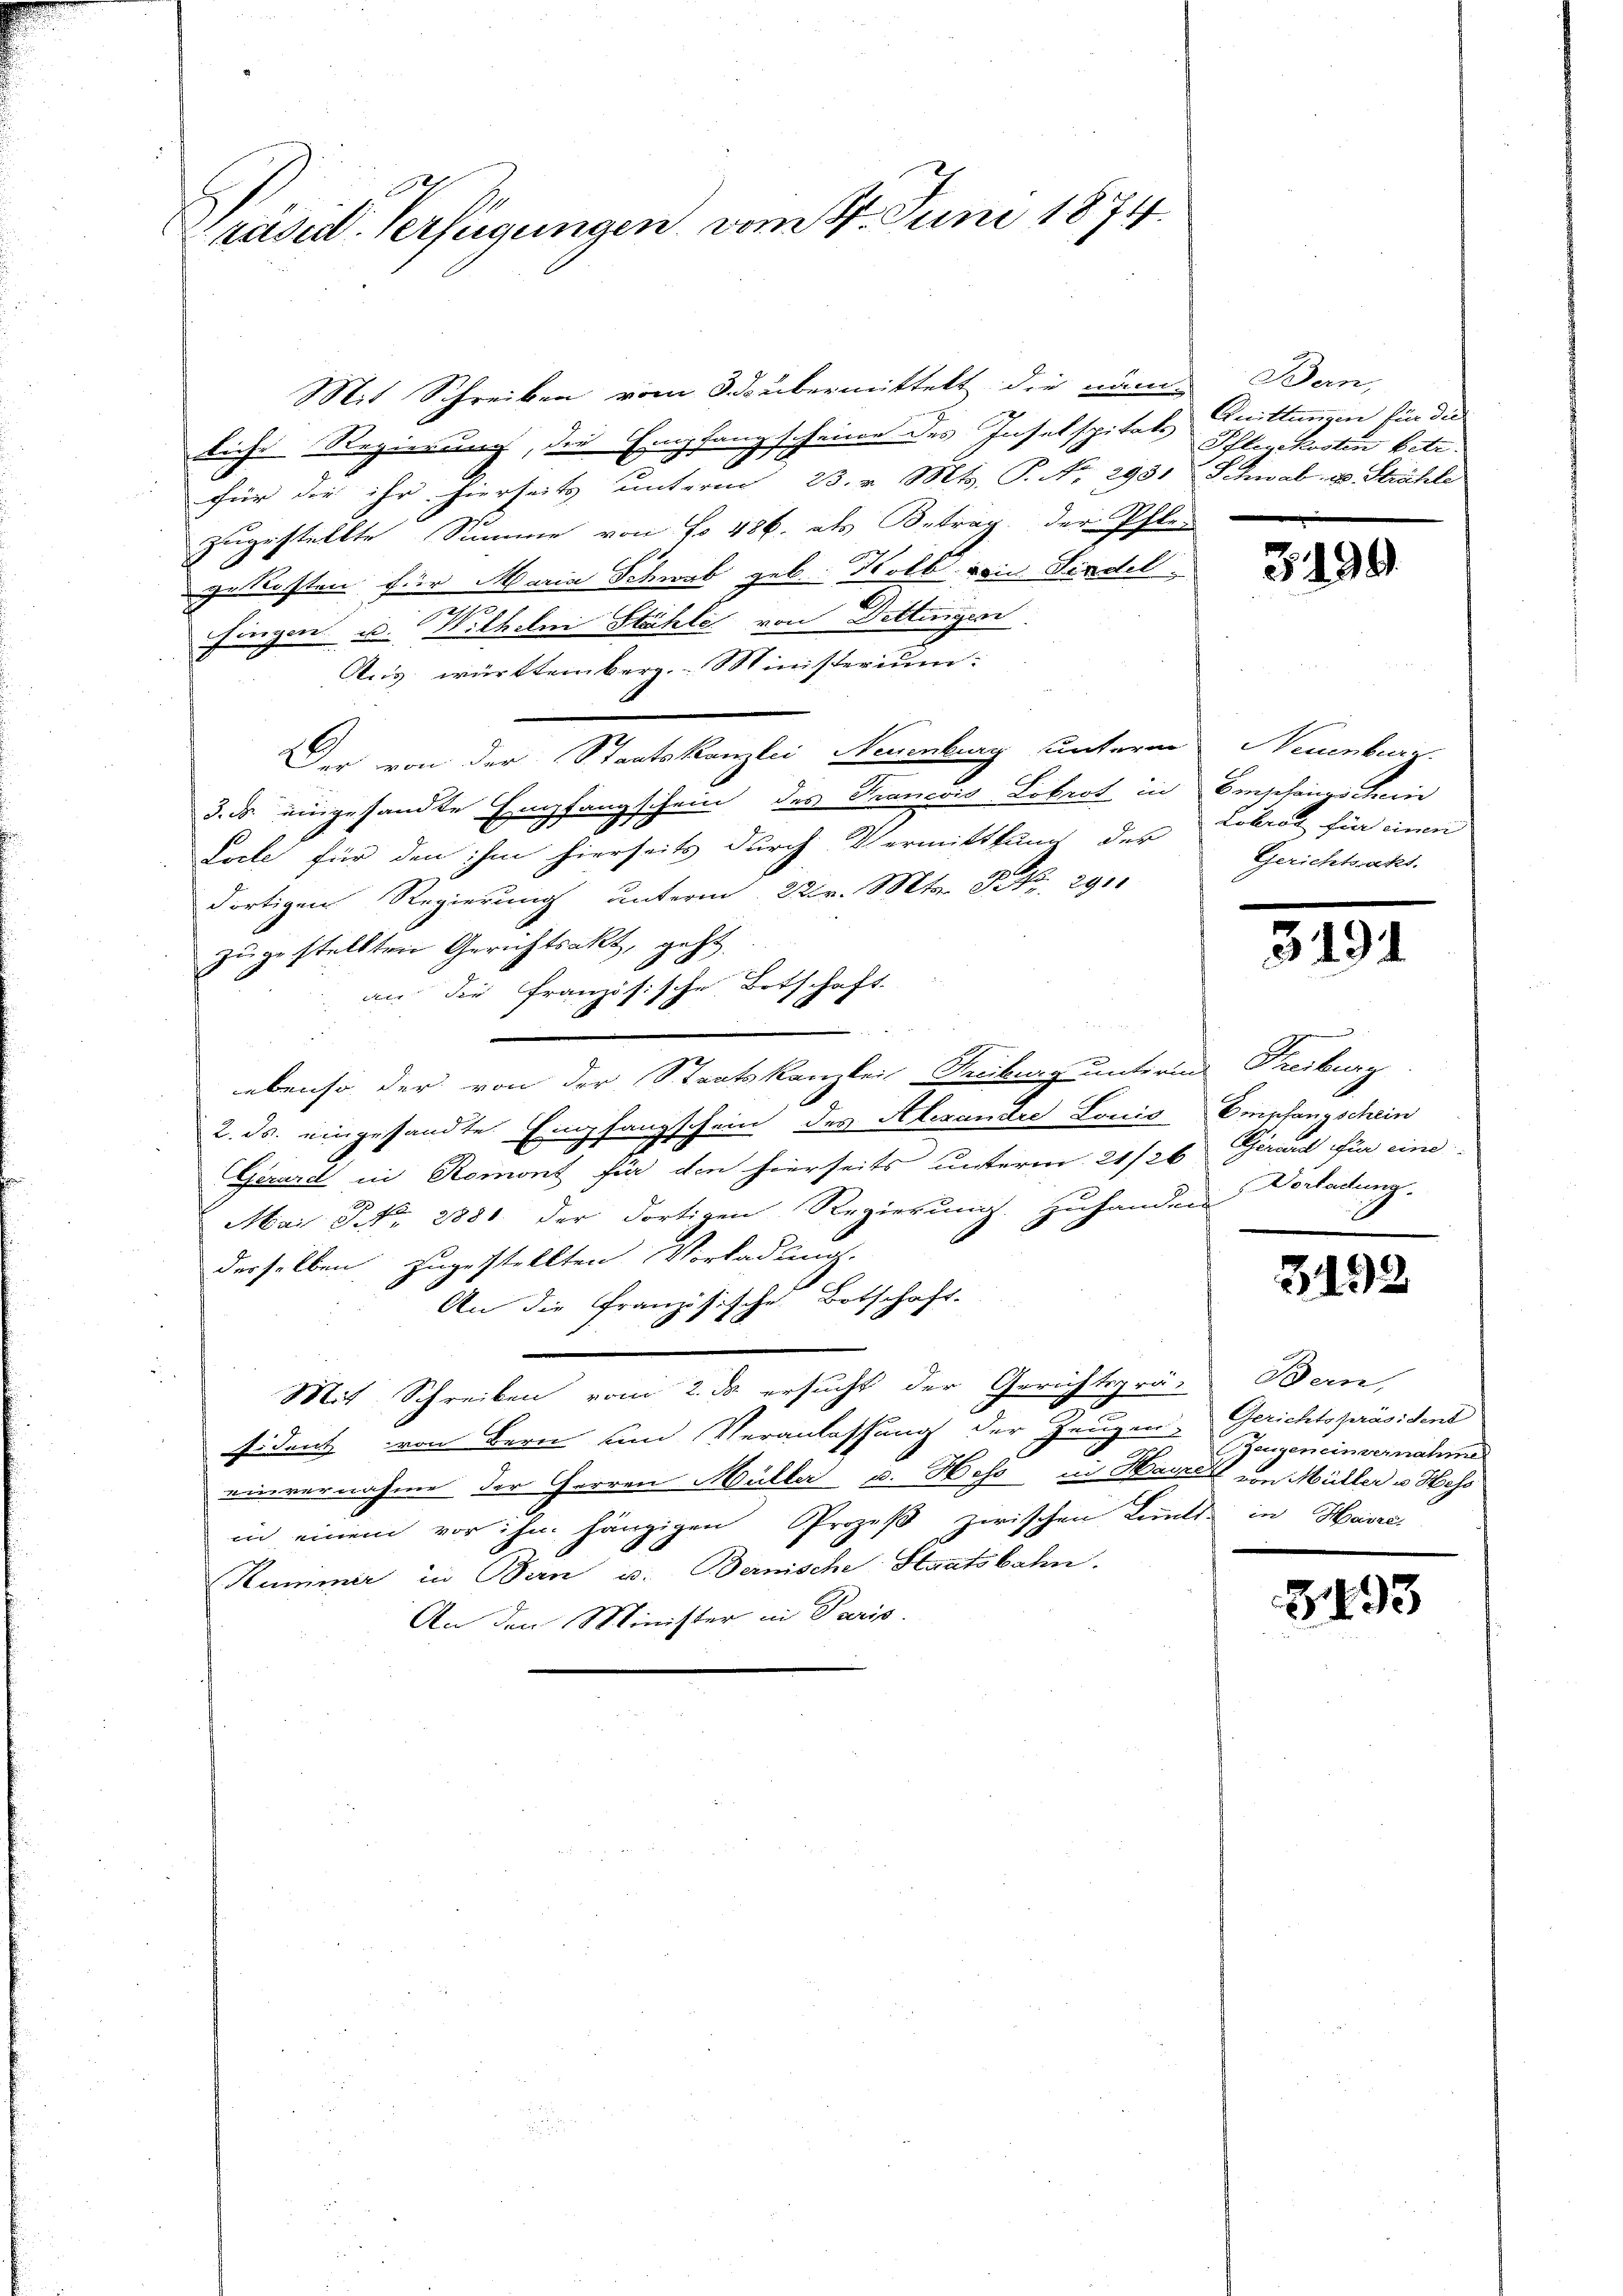
räsid. Verfügungen, vom 4. Juni 1874.

Mit Schreiben vom 3 übermittelt die näme Bern,
liche Regierung, die Empfangscheine des Insetspitals Quittungen für die
für die ihr hierseits unterm 23. v. Mts. P. Nr. 2931 Schwab, u. Strähle
zugestellte Summe von No 486. als Betrag der Pfler
getrosten der Maria Schwab geb. Holb von Findel
1
Fingen u. Wilhelm Stähle von Dettingen.
Aus württemberg. Ministerium:
Der von der Staatskanzlei Neuenburg unterm Neuenburg,
3. ds. eingesandte Empfangschein des Francois Dobrot in Einschangschein
Lacte für den ihm hierseits durch Vermittlung der Lobrot für einen
dortigen Regierung unterm 22 v. Mts. S. 2911
zugestellten Gerichtsakt, geht.
an die französische Ortschaft

ebenso der von der Staatskanzlei Freiburg unterm Freiburg
2. ds. eingesandte Empfangschein des Alexandre Louis Empfangschein
Gerard in Romont für den hierseits unterm 21/26 Girard für eine

Mai NNo. 2881 der dortigen Regierung zu handern
derselben zugestellten Vorladung.
An die Französische Botschaft-
Mit Schreiben vom 2. ds ersucht der Gerichtsprä-
Eident von Bern und Veranlassung der Zeugen, Gerichtspräsident
einvernahme der Herren Müller u. Hess in Havrel von Müller u Hess
in einem vor ihm hängigen Prozeß zwischen Links in Havre
Hummer in Bern u. Bernische Staatsbahn.
An den Minister in Paris.

Pflegekosten betr.

3499

Gerichtsakt

3191

Vorladung.

3192

Bern,
Zeugeneinvernahme

8493